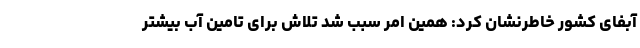
آبفای کشور خاطرنشان کرد: همین امر سبب شد تلاش برای تامین آب بیشتر